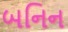
બનિન